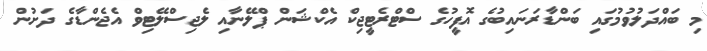
މި ބައްދަލުވުމުގައި ބަންޑާރަނައިބުގެ އޮފީހުގެ ސްޓްރެޓީޖިކް އެކްޝަން ޕްލޭނާއި ލެޖިސްލޭޓިވް އެޖެންޑާގެ ދަށުން